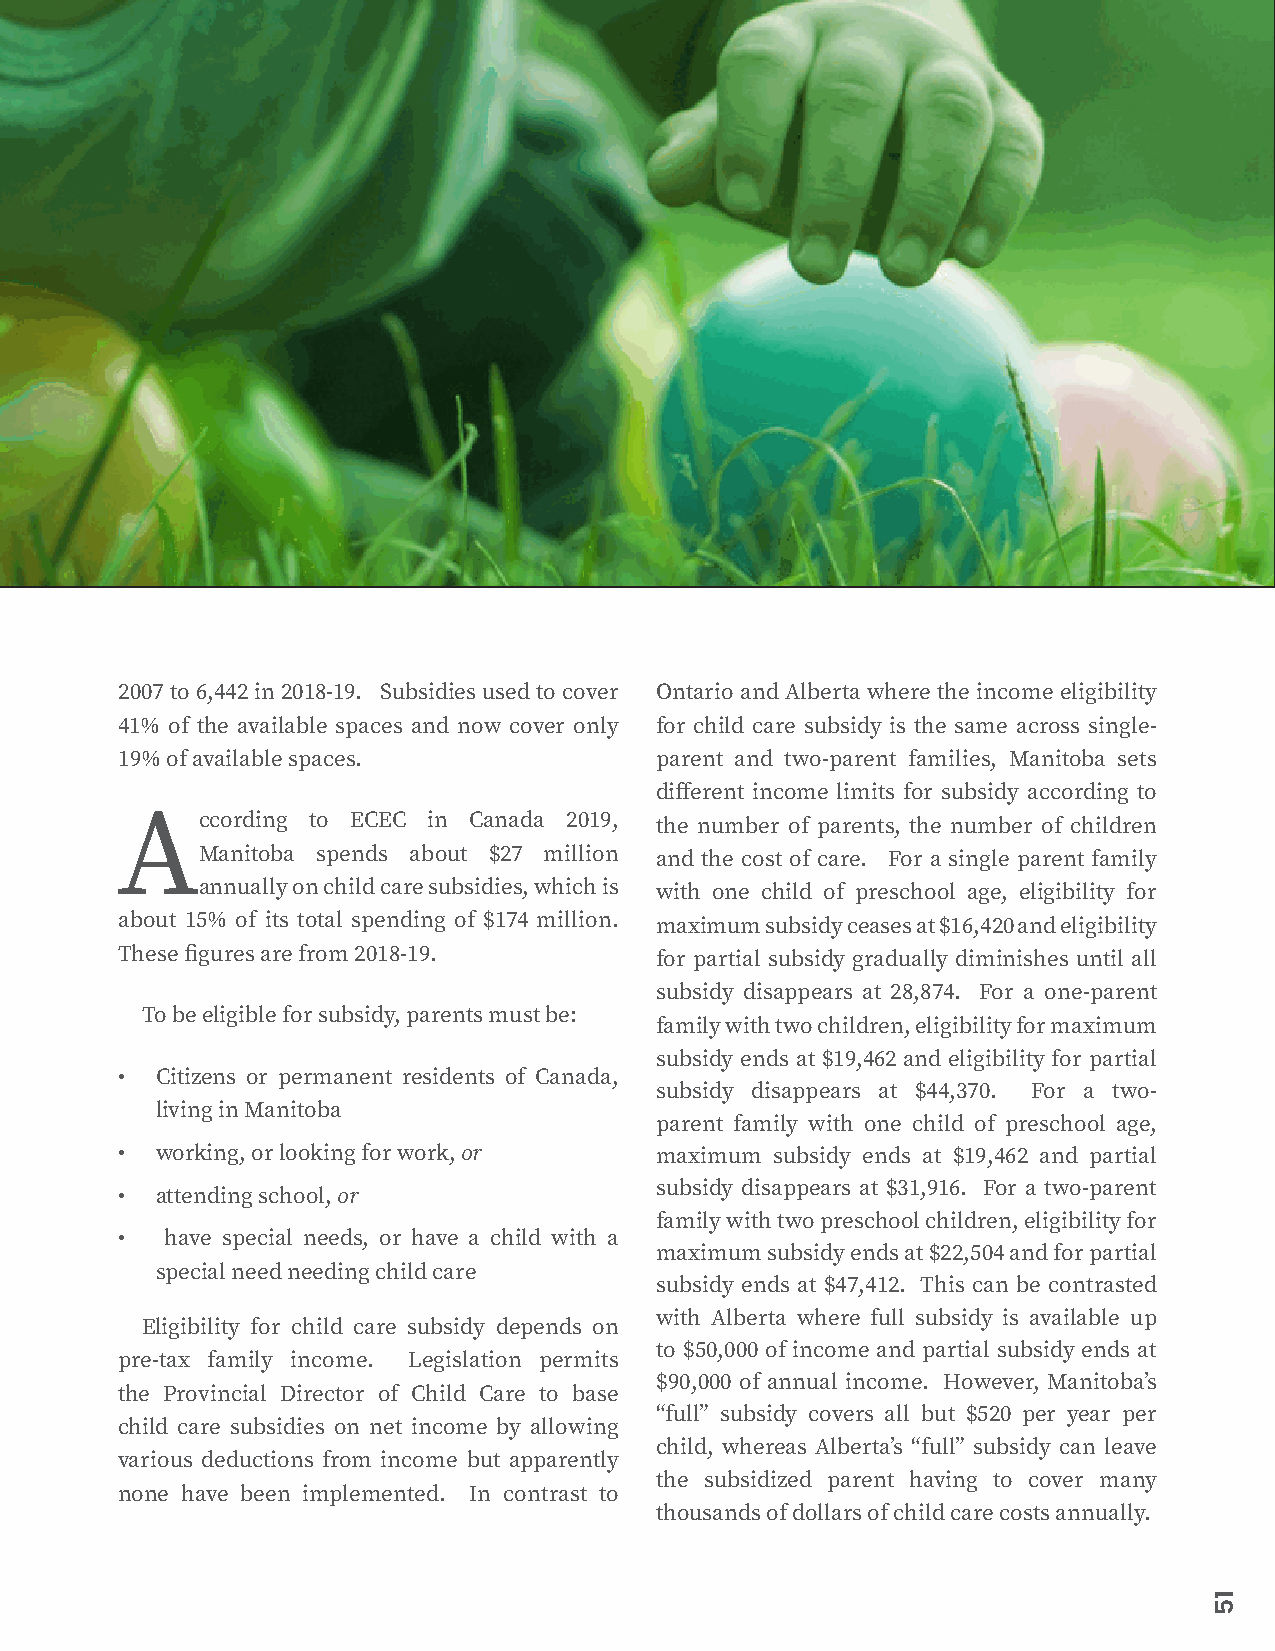
2007 to 6,442 in 2018-19. Subsidies used to cover Ontario and Alberta where the income eligibility
 41% of the available spaces and now cover only for child care subsidy is the same across single-
 19% of available spaces.           parent and two-parent families, Manitoba sets
 different income limits for subsidy according to
 According    to ECEC in Canada 2019, the number of parents, the number of children
 Manitoba spends about $27 million and the cost of care. For a single parent family
 annually on child care subsidies, which is with one child of preschool age, eligibility for
 about 15% of its total spending of $174 million. maximum subsidy ceases at $16,420 and eligibility
 These figures are from 2018-19.    for partial subsidy gradually diminishes until all
 subsidy disappears at 28,874. For a one-parent
 To be eligible for subsidy, parents must be:
 family with two children, eligibility for maximum
 subsidy ends at $19,462 and eligibility for partial
 • Citizens or permanent residents of Canada,
 subsidy disappears at $44,370. For a two-
 living in Manitoba
 parent family with one child of preschool age,
 • working, or looking for work, or maximum subsidy ends at $19,462 and partial
 subsidy disappears at $31,916. For a two-parent
 • attending school, or
 family with two preschool children, eligibility for
 •  have special needs, or have a child with a
 maximum subsidy ends at $22,504 and for partial
 special need needing child care
 subsidy ends at $47,412. This can be contrasted
 with Alberta where full subsidy is available up
 Eligibility for child care subsidy depends on
 to $50,000 of income and partial subsidy ends at
 pre-tax family income. Legislation permits
 $90,000 of annual income. However, Manitoba’s
 the Provincial Director of Child Care to base
 “full” subsidy covers all but $520 per year per
 child care subsidies on net income by allowing
 child, whereas Alberta’s “full” subsidy can leave
 various deductions from income but apparently
 the subsidized parent having to cover many
 none have been implemented. In contrast to
 thousands of dollars of child care costs annually.
 15